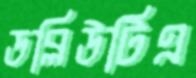
ডব্লিউটিএ